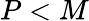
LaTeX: P<M